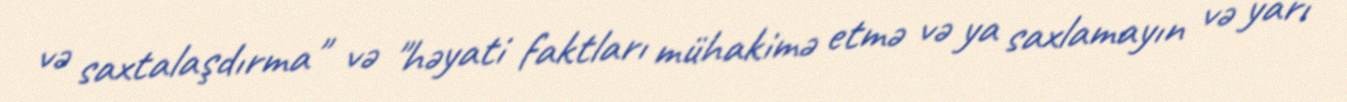
və saxtalaşdırma" və "həyati faktları mühakimə etmə və ya saxlamayın və yarı